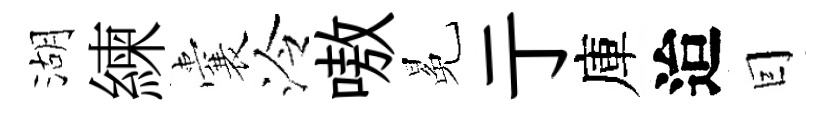
湖練囊泠嗷冕亍庫迨囙